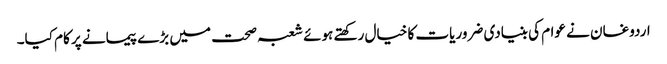
اردوغان نے عوام کی بنیادی ضروریات کا خیال رکھتے ہوئے شعبہ صحت میں بڑے پیمانے پر کام کیا۔